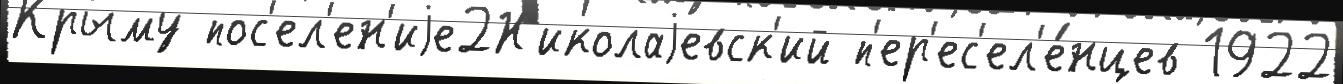
Крыму пос'ел'ен'иjе2Н'иколаjевск'ий п'ер'ес'ел'е́нцев 1922